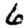
Digit: 6